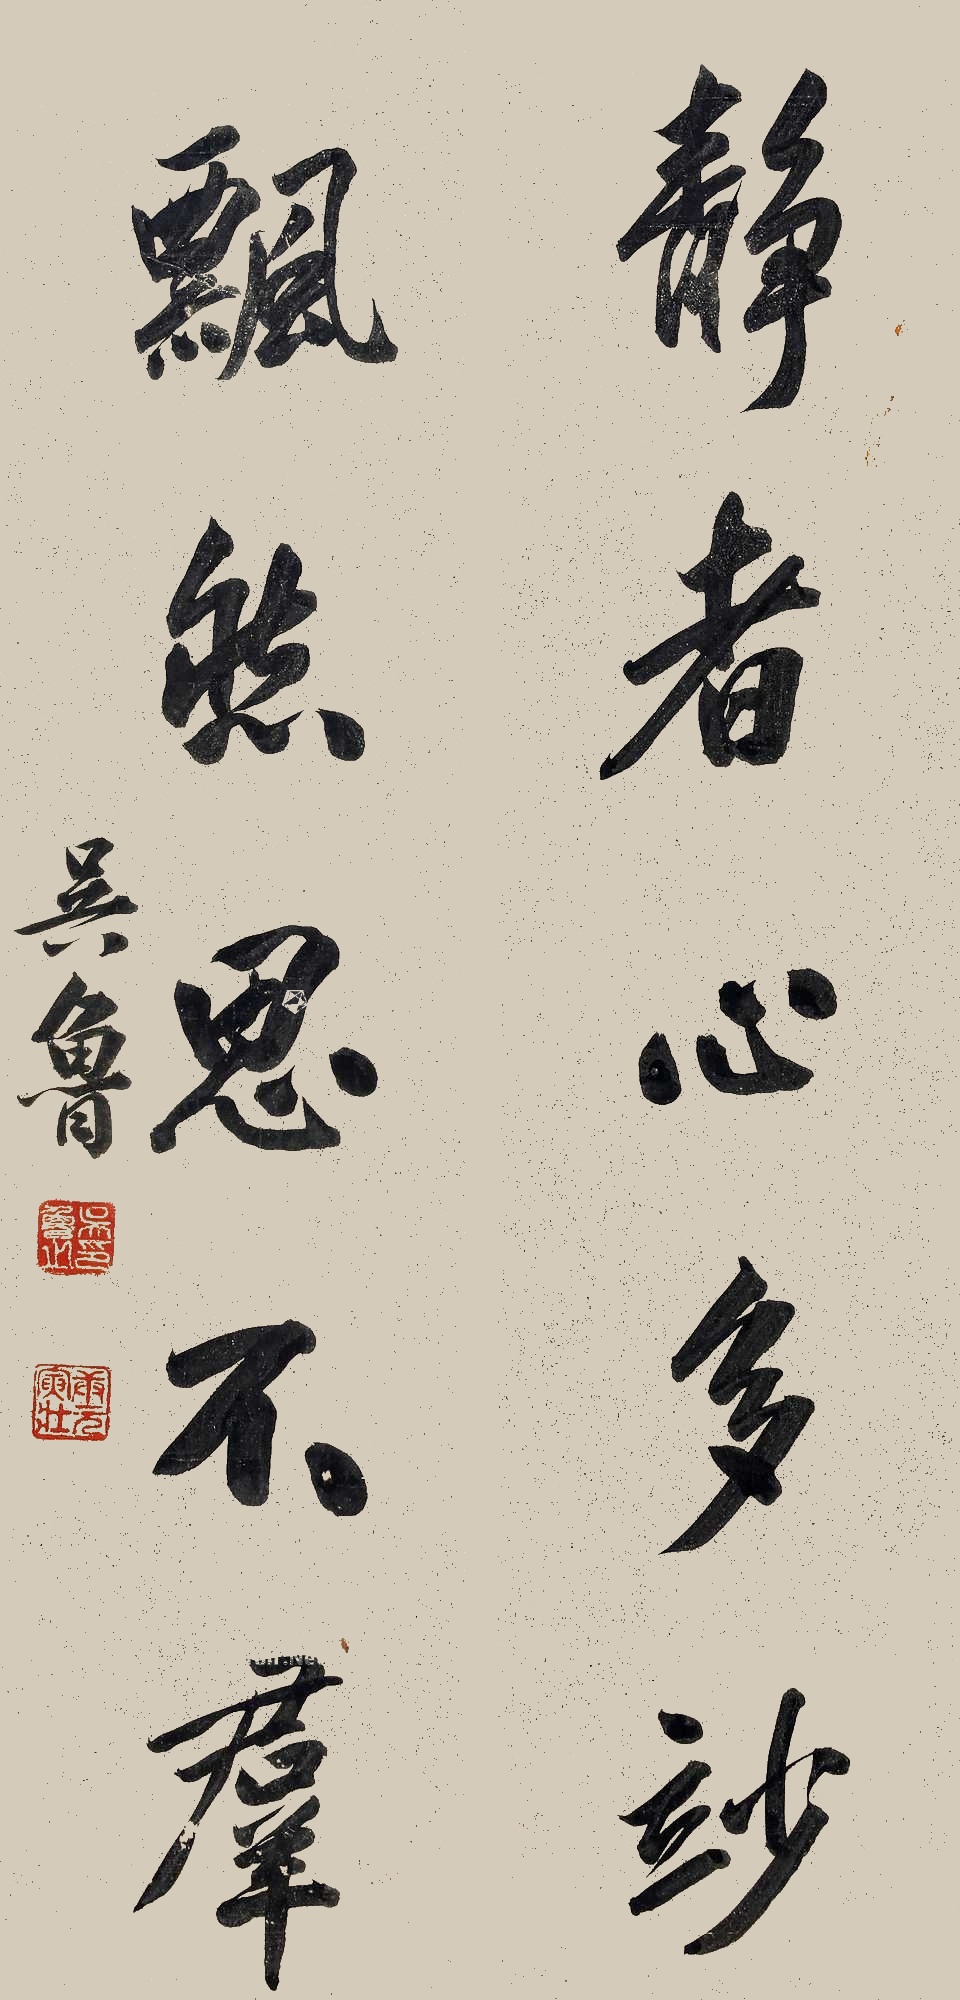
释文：静者心多妙，飘然思不群。吴鲁。